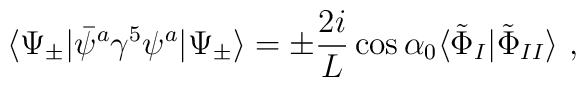
\langle \Psi_{\pm} | \bar{\psi}^{a} \gamma^{5} \psi^{a} | \Psi_{\pm} \rangle= \pm \frac{2i}{L} \cos \alpha_0\langle \tilde{\Phi}_{I}| \tilde{\Phi}_{II} \rangle \ ,